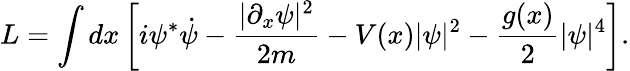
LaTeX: L=\int dx\left[i\psi^{*}\dot{\psi}-\frac{|\partial_{x}\psi|^{2}}{2m}-V(x)|\psi|^{2}-\frac{g(x)}{2}|\psi|^{4}\right].